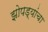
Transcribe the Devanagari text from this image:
झोपड्यांचा